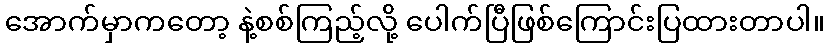
အောက်မှာကတော့ နဲ့စစ်ကြည့်လို့ ပေါက်ပြီဖြစ်ကြောင်းပြထားတာပါ။